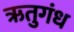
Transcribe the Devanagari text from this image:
ऋतुगंध